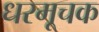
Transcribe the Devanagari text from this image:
धरमूचक